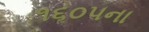
૧૬૦૫ના